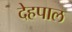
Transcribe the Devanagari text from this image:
देहपाल